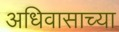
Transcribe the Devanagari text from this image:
अधिवासाच्या